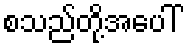
စသည်တို့အပေါ်